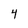
Character: 4